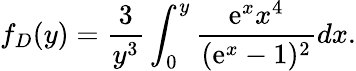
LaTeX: f_{D}(y)=\frac{3}{y^{3}}\int_{0}^{y}\frac{\mathrm{e}^{x}x^{4}}{(\mathrm{e}^{x}-1)^{2}}dx.